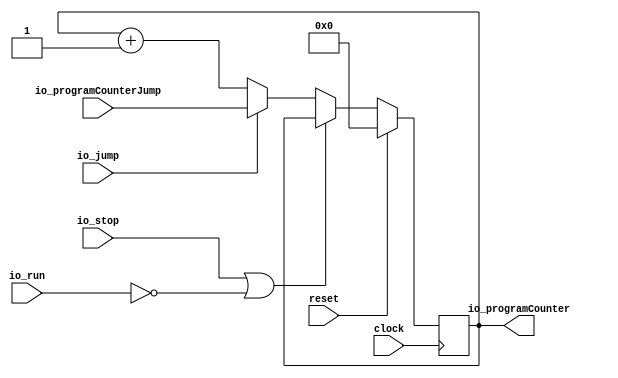
module ProgramCounter(
  input         clock,
  input         reset,
  input         io_stop,
  input         io_jump,
  input         io_run,
  input  [15:0] io_programCounterJump,
  output [15:0] io_programCounter
);
`ifdef RANDOMIZE_REG_INIT
  reg [31:0] _RAND_0;
`endif // RANDOMIZE_REG_INIT
  reg [15:0] programCounterReg; // @[ProgramCounter.scala 14:34]
  wire  _T = ~io_run; // @[ProgramCounter.scala 16:19]
  wire  _T_1 = io_stop | _T; // @[ProgramCounter.scala 16:16]
  wire [15:0] _T_3 = io_programCounter + 16'h1; // @[ProgramCounter.scala 22:46]
  assign io_programCounter = programCounterReg; // @[ProgramCounter.scala 25:21]
`ifdef RANDOMIZE_GARBAGE_ASSIGN
`define RANDOMIZE
`endif
`ifdef RANDOMIZE_INVALID_ASSIGN
`define RANDOMIZE
`endif
`ifdef RANDOMIZE_REG_INIT
`define RANDOMIZE
`endif
`ifdef RANDOMIZE_MEM_INIT
`define RANDOMIZE
`endif
`ifndef RANDOM
`define RANDOM $random
`endif
`ifdef RANDOMIZE_MEM_INIT
  integer initvar;
`endif
`ifndef SYNTHESIS
`ifdef FIRRTL_BEFORE_INITIAL
`FIRRTL_BEFORE_INITIAL
`endif
initial begin
  `ifdef RANDOMIZE
    `ifdef INIT_RANDOM
      `INIT_RANDOM
    `endif
    `ifndef VERILATOR
      `ifdef RANDOMIZE_DELAY
        #`RANDOMIZE_DELAY begin end
      `else
        #0.002 begin end
      `endif
    `endif
`ifdef RANDOMIZE_REG_INIT
  _RAND_0 = {1{`RANDOM}};
  programCounterReg = _RAND_0[15:0];
`endif // RANDOMIZE_REG_INIT
  `endif // RANDOMIZE
end // initial
`ifdef FIRRTL_AFTER_INITIAL
`FIRRTL_AFTER_INITIAL
`endif
`endif // SYNTHESIS
  always @(posedge clock) begin
    if (reset) begin
      programCounterReg <= 16'h0;
    end else if (_T_1) begin
      programCounterReg <= io_programCounter;
    end else if (io_jump) begin
      programCounterReg <= io_programCounterJump;
    end else begin
      programCounterReg <= _T_3;
    end
  end
endmodule
module DataMemory(
  input         clock,
  input  [15:0] io_address,
  input         io_writeEnable,
  input  [31:0] io_dataWrite,
  output [31:0] io_dataRead,
  input         io_testerEnable,
  input  [15:0] io_testerAddress,
  output [31:0] io_testerDataRead,
  input         io_testerWriteEnable,
  input  [31:0] io_testerDataWrite
);
`ifdef RANDOMIZE_MEM_INIT
  reg [31:0] _RAND_0;
`endif // RANDOMIZE_MEM_INIT
  reg [31:0] memory [0:65535]; // @[DataMemory.scala 18:19]
  wire [31:0] memory__T_data; // @[DataMemory.scala 18:19]
  wire [15:0] memory__T_addr; // @[DataMemory.scala 18:19]
  wire [31:0] memory__T_2_data; // @[DataMemory.scala 18:19]
  wire [15:0] memory__T_2_addr; // @[DataMemory.scala 18:19]
  wire [31:0] memory__T_1_data; // @[DataMemory.scala 18:19]
  wire [15:0] memory__T_1_addr; // @[DataMemory.scala 18:19]
  wire  memory__T_1_mask; // @[DataMemory.scala 18:19]
  wire  memory__T_1_en; // @[DataMemory.scala 18:19]
  wire [31:0] memory__T_3_data; // @[DataMemory.scala 18:19]
  wire [15:0] memory__T_3_addr; // @[DataMemory.scala 18:19]
  wire  memory__T_3_mask; // @[DataMemory.scala 18:19]
  wire  memory__T_3_en; // @[DataMemory.scala 18:19]
  wire [31:0] _GEN_5 = io_testerWriteEnable ? io_testerDataWrite : memory__T_data; // @[DataMemory.scala 24:32]
  wire [31:0] _GEN_11 = io_writeEnable ? io_dataWrite : memory__T_2_data; // @[DataMemory.scala 32:26]
  assign memory__T_addr = io_testerAddress;
  assign memory__T_data = memory[memory__T_addr]; // @[DataMemory.scala 18:19]
  assign memory__T_2_addr = io_address;
  assign memory__T_2_data = memory[memory__T_2_addr]; // @[DataMemory.scala 18:19]
  assign memory__T_1_data = io_testerDataWrite;
  assign memory__T_1_addr = io_testerAddress;
  assign memory__T_1_mask = 1'h1;
  assign memory__T_1_en = io_testerEnable & io_testerWriteEnable;
  assign memory__T_3_data = io_dataWrite;
  assign memory__T_3_addr = io_address;
  assign memory__T_3_mask = 1'h1;
  assign memory__T_3_en = io_testerEnable ? 1'h0 : io_writeEnable;
  assign io_dataRead = io_testerEnable ? 32'h0 : _GEN_11; // @[DataMemory.scala 23:17 DataMemory.scala 30:17 DataMemory.scala 34:19]
  assign io_testerDataRead = io_testerEnable ? _GEN_5 : 32'h0; // @[DataMemory.scala 22:23 DataMemory.scala 26:25 DataMemory.scala 31:23]
`ifdef RANDOMIZE_GARBAGE_ASSIGN
`define RANDOMIZE
`endif
`ifdef RANDOMIZE_INVALID_ASSIGN
`define RANDOMIZE
`endif
`ifdef RANDOMIZE_REG_INIT
`define RANDOMIZE
`endif
`ifdef RANDOMIZE_MEM_INIT
`define RANDOMIZE
`endif
`ifndef RANDOM
`define RANDOM $random
`endif
`ifdef RANDOMIZE_MEM_INIT
  integer initvar;
`endif
`ifndef SYNTHESIS
`ifdef FIRRTL_BEFORE_INITIAL
`FIRRTL_BEFORE_INITIAL
`endif
initial begin
  `ifdef RANDOMIZE
    `ifdef INIT_RANDOM
      `INIT_RANDOM
    `endif
    `ifndef VERILATOR
      `ifdef RANDOMIZE_DELAY
        #`RANDOMIZE_DELAY begin end
      `else
        #0.002 begin end
      `endif
    `endif
`ifdef RANDOMIZE_MEM_INIT
  _RAND_0 = {1{`RANDOM}};
  for (initvar = 0; initvar < 65536; initvar = initvar+1)
    memory[initvar] = _RAND_0[31:0];
`endif // RANDOMIZE_MEM_INIT
  `endif // RANDOMIZE
end // initial
`ifdef FIRRTL_AFTER_INITIAL
`FIRRTL_AFTER_INITIAL
`endif
`endif // SYNTHESIS
  always @(posedge clock) begin
    if(memory__T_1_en & memory__T_1_mask) begin
      memory[memory__T_1_addr] <= memory__T_1_data; // @[DataMemory.scala 18:19]
    end
    if(memory__T_3_en & memory__T_3_mask) begin
      memory[memory__T_3_addr] <= memory__T_3_data; // @[DataMemory.scala 18:19]
    end
  end
endmodule
module ProgramMemory(
  input         clock,
  input  [15:0] io_address,
  output [31:0] io_instructionRead,
  input         io_testerEnable,
  input  [15:0] io_testerAddress,
  output [31:0] io_testerDataRead,
  input         io_testerWriteEnable,
  input  [31:0] io_testerDataWrite
);
`ifdef RANDOMIZE_MEM_INIT
  reg [31:0] _RAND_0;
`endif // RANDOMIZE_MEM_INIT
  reg [31:0] memory [0:65535]; // @[ProgramMemory.scala 16:20]
  wire [31:0] memory__T_data; // @[ProgramMemory.scala 16:20]
  wire [15:0] memory__T_addr; // @[ProgramMemory.scala 16:20]
  wire [31:0] memory__T_2_data; // @[ProgramMemory.scala 16:20]
  wire [15:0] memory__T_2_addr; // @[ProgramMemory.scala 16:20]
  wire [31:0] memory__T_1_data; // @[ProgramMemory.scala 16:20]
  wire [15:0] memory__T_1_addr; // @[ProgramMemory.scala 16:20]
  wire  memory__T_1_mask; // @[ProgramMemory.scala 16:20]
  wire  memory__T_1_en; // @[ProgramMemory.scala 16:20]
  wire [31:0] _GEN_5 = io_testerWriteEnable ? io_testerDataWrite : memory__T_data; // @[ProgramMemory.scala 22:32]
  assign memory__T_addr = io_testerAddress;
  assign memory__T_data = memory[memory__T_addr]; // @[ProgramMemory.scala 16:20]
  assign memory__T_2_addr = io_address;
  assign memory__T_2_data = memory[memory__T_2_addr]; // @[ProgramMemory.scala 16:20]
  assign memory__T_1_data = io_testerDataWrite;
  assign memory__T_1_addr = io_testerAddress;
  assign memory__T_1_mask = 1'h1;
  assign memory__T_1_en = io_testerEnable & io_testerWriteEnable;
  assign io_instructionRead = io_testerEnable ? 32'h0 : memory__T_2_data; // @[ProgramMemory.scala 21:24 ProgramMemory.scala 28:24]
  assign io_testerDataRead = io_testerEnable ? _GEN_5 : 32'h0; // @[ProgramMemory.scala 20:23 ProgramMemory.scala 24:25 ProgramMemory.scala 29:23]
`ifdef RANDOMIZE_GARBAGE_ASSIGN
`define RANDOMIZE
`endif
`ifdef RANDOMIZE_INVALID_ASSIGN
`define RANDOMIZE
`endif
`ifdef RANDOMIZE_REG_INIT
`define RANDOMIZE
`endif
`ifdef RANDOMIZE_MEM_INIT
`define RANDOMIZE
`endif
`ifndef RANDOM
`define RANDOM $random
`endif
`ifdef RANDOMIZE_MEM_INIT
  integer initvar;
`endif
`ifndef SYNTHESIS
`ifdef FIRRTL_BEFORE_INITIAL
`FIRRTL_BEFORE_INITIAL
`endif
initial begin
  `ifdef RANDOMIZE
    `ifdef INIT_RANDOM
      `INIT_RANDOM
    `endif
    `ifndef VERILATOR
      `ifdef RANDOMIZE_DELAY
        #`RANDOMIZE_DELAY begin end
      `else
        #0.002 begin end
      `endif
    `endif
`ifdef RANDOMIZE_MEM_INIT
  _RAND_0 = {1{`RANDOM}};
  for (initvar = 0; initvar < 65536; initvar = initvar+1)
    memory[initvar] = _RAND_0[31:0];
`endif // RANDOMIZE_MEM_INIT
  `endif // RANDOMIZE
end // initial
`ifdef FIRRTL_AFTER_INITIAL
`FIRRTL_AFTER_INITIAL
`endif
`endif // SYNTHESIS
  always @(posedge clock) begin
    if(memory__T_1_en & memory__T_1_mask) begin
      memory[memory__T_1_addr] <= memory__T_1_data; // @[ProgramMemory.scala 16:20]
    end
  end
endmodule
module RegisterFile(
  input         clock,
  input         reset,
  input  [2:0]  io_aSel,
  input  [2:0]  io_bSel,
  input  [31:0] io_writeData,
  input         io_writeEnable,
  output [31:0] io_a,
  output [31:0] io_b
);
`ifdef RANDOMIZE_REG_INIT
  reg [31:0] _RAND_0;
  reg [31:0] _RAND_1;
  reg [31:0] _RAND_2;
  reg [31:0] _RAND_3;
  reg [31:0] _RAND_4;
  reg [31:0] _RAND_5;
  reg [31:0] _RAND_6;
  reg [31:0] _RAND_7;
`endif // RANDOMIZE_REG_INIT
  reg [31:0] R0Reg; // @[RegisterFile.scala 17:22]
  reg [31:0] R1Reg; // @[RegisterFile.scala 18:22]
  reg [31:0] R2Reg; // @[RegisterFile.scala 19:22]
  reg [31:0] R3Reg; // @[RegisterFile.scala 20:22]
  reg [31:0] R4Reg; // @[RegisterFile.scala 21:22]
  reg [31:0] R5Reg; // @[RegisterFile.scala 22:22]
  reg [31:0] R6Reg; // @[RegisterFile.scala 23:22]
  reg [31:0] R7Reg; // @[RegisterFile.scala 24:22]
  wire  _T = 3'h0 == io_aSel; // @[Conditional.scala 37:30]
  wire  _T_1 = 3'h1 == io_aSel; // @[Conditional.scala 37:30]
  wire  _T_2 = 3'h2 == io_aSel; // @[Conditional.scala 37:30]
  wire  _T_3 = 3'h3 == io_aSel; // @[Conditional.scala 37:30]
  wire  _T_4 = 3'h4 == io_aSel; // @[Conditional.scala 37:30]
  wire  _T_5 = 3'h5 == io_aSel; // @[Conditional.scala 37:30]
  wire  _T_6 = 3'h6 == io_aSel; // @[Conditional.scala 37:30]
  wire  _T_7 = 3'h7 == io_aSel; // @[Conditional.scala 37:30]
  wire [31:0] _GEN_8 = _T_7 ? R7Reg : 32'h0; // @[Conditional.scala 39:67]
  wire [31:0] _GEN_10 = _T_6 ? R6Reg : _GEN_8; // @[Conditional.scala 39:67]
  wire [31:0] _GEN_13 = _T_5 ? R5Reg : _GEN_10; // @[Conditional.scala 39:67]
  wire [31:0] _GEN_17 = _T_4 ? R4Reg : _GEN_13; // @[Conditional.scala 39:67]
  wire [31:0] _GEN_22 = _T_3 ? R3Reg : _GEN_17; // @[Conditional.scala 39:67]
  wire [31:0] _GEN_28 = _T_2 ? R2Reg : _GEN_22; // @[Conditional.scala 39:67]
  wire [31:0] _GEN_35 = _T_1 ? R1Reg : _GEN_28; // @[Conditional.scala 39:67]
  wire  _T_8 = 3'h0 == io_bSel; // @[Conditional.scala 37:30]
  wire  _T_9 = 3'h1 == io_bSel; // @[Conditional.scala 37:30]
  wire  _T_10 = 3'h2 == io_bSel; // @[Conditional.scala 37:30]
  wire  _T_11 = 3'h3 == io_bSel; // @[Conditional.scala 37:30]
  wire  _T_12 = 3'h4 == io_bSel; // @[Conditional.scala 37:30]
  wire  _T_13 = 3'h5 == io_bSel; // @[Conditional.scala 37:30]
  wire  _T_14 = 3'h6 == io_bSel; // @[Conditional.scala 37:30]
  wire  _T_15 = 3'h7 == io_bSel; // @[Conditional.scala 37:30]
  wire [31:0] _GEN_52 = _T_15 ? R7Reg : 32'h0; // @[Conditional.scala 39:67]
  wire [31:0] _GEN_53 = _T_14 ? R6Reg : _GEN_52; // @[Conditional.scala 39:67]
  wire [31:0] _GEN_54 = _T_13 ? R5Reg : _GEN_53; // @[Conditional.scala 39:67]
  wire [31:0] _GEN_55 = _T_12 ? R4Reg : _GEN_54; // @[Conditional.scala 39:67]
  wire [31:0] _GEN_56 = _T_11 ? R3Reg : _GEN_55; // @[Conditional.scala 39:67]
  wire [31:0] _GEN_57 = _T_10 ? R2Reg : _GEN_56; // @[Conditional.scala 39:67]
  wire [31:0] _GEN_58 = _T_9 ? R1Reg : _GEN_57; // @[Conditional.scala 39:67]
  assign io_a = _T ? R0Reg : _GEN_35; // @[RegisterFile.scala 26:8 RegisterFile.scala 34:12 RegisterFile.scala 37:12 RegisterFile.scala 43:12 RegisterFile.scala 49:12 RegisterFile.scala 55:12 RegisterFile.scala 61:12 RegisterFile.scala 67:12 RegisterFile.scala 73:12]
  assign io_b = _T_8 ? R0Reg : _GEN_58; // @[RegisterFile.scala 27:8 RegisterFile.scala 82:12 RegisterFile.scala 85:12 RegisterFile.scala 88:12 RegisterFile.scala 91:12 RegisterFile.scala 94:12 RegisterFile.scala 97:12 RegisterFile.scala 100:12 RegisterFile.scala 103:12]
`ifdef RANDOMIZE_GARBAGE_ASSIGN
`define RANDOMIZE
`endif
`ifdef RANDOMIZE_INVALID_ASSIGN
`define RANDOMIZE
`endif
`ifdef RANDOMIZE_REG_INIT
`define RANDOMIZE
`endif
`ifdef RANDOMIZE_MEM_INIT
`define RANDOMIZE
`endif
`ifndef RANDOM
`define RANDOM $random
`endif
`ifdef RANDOMIZE_MEM_INIT
  integer initvar;
`endif
`ifndef SYNTHESIS
`ifdef FIRRTL_BEFORE_INITIAL
`FIRRTL_BEFORE_INITIAL
`endif
initial begin
  `ifdef RANDOMIZE
    `ifdef INIT_RANDOM
      `INIT_RANDOM
    `endif
    `ifndef VERILATOR
      `ifdef RANDOMIZE_DELAY
        #`RANDOMIZE_DELAY begin end
      `else
        #0.002 begin end
      `endif
    `endif
`ifdef RANDOMIZE_REG_INIT
  _RAND_0 = {1{`RANDOM}};
  R0Reg = _RAND_0[31:0];
  _RAND_1 = {1{`RANDOM}};
  R1Reg = _RAND_1[31:0];
  _RAND_2 = {1{`RANDOM}};
  R2Reg = _RAND_2[31:0];
  _RAND_3 = {1{`RANDOM}};
  R3Reg = _RAND_3[31:0];
  _RAND_4 = {1{`RANDOM}};
  R4Reg = _RAND_4[31:0];
  _RAND_5 = {1{`RANDOM}};
  R5Reg = _RAND_5[31:0];
  _RAND_6 = {1{`RANDOM}};
  R6Reg = _RAND_6[31:0];
  _RAND_7 = {1{`RANDOM}};
  R7Reg = _RAND_7[31:0];
`endif // RANDOMIZE_REG_INIT
  `endif // RANDOMIZE
end // initial
`ifdef FIRRTL_AFTER_INITIAL
`FIRRTL_AFTER_INITIAL
`endif
`endif // SYNTHESIS
  always @(posedge clock) begin
    if (reset) begin
      R0Reg <= 32'h0;
    end else if (_T) begin
      if (io_writeEnable) begin
        R0Reg <= io_writeData;
      end
    end
    if (reset) begin
      R1Reg <= 32'h0;
    end else if (!(_T)) begin
      if (_T_1) begin
        if (io_writeEnable) begin
          R1Reg <= io_writeData;
        end
      end
    end
    if (reset) begin
      R2Reg <= 32'h0;
    end else if (!(_T)) begin
      if (!(_T_1)) begin
        if (_T_2) begin
          if (io_writeEnable) begin
            R2Reg <= io_writeData;
          end
        end
      end
    end
    if (reset) begin
      R3Reg <= 32'h0;
    end else if (!(_T)) begin
      if (!(_T_1)) begin
        if (!(_T_2)) begin
          if (_T_3) begin
            if (io_writeEnable) begin
              R3Reg <= io_writeData;
            end
          end
        end
      end
    end
    if (reset) begin
      R4Reg <= 32'h0;
    end else if (!(_T)) begin
      if (!(_T_1)) begin
        if (!(_T_2)) begin
          if (!(_T_3)) begin
            if (_T_4) begin
              if (io_writeEnable) begin
                R4Reg <= io_writeData;
              end
            end
          end
        end
      end
    end
    if (reset) begin
      R5Reg <= 32'h0;
    end else if (!(_T)) begin
      if (!(_T_1)) begin
        if (!(_T_2)) begin
          if (!(_T_3)) begin
            if (!(_T_4)) begin
              if (_T_5) begin
                if (io_writeEnable) begin
                  R5Reg <= io_writeData;
                end
              end
            end
          end
        end
      end
    end
    if (reset) begin
      R6Reg <= 32'h0;
    end else if (!(_T)) begin
      if (!(_T_1)) begin
        if (!(_T_2)) begin
          if (!(_T_3)) begin
            if (!(_T_4)) begin
              if (!(_T_5)) begin
                if (_T_6) begin
                  if (io_writeEnable) begin
                    R6Reg <= io_writeData;
                  end
                end
              end
            end
          end
        end
      end
    end
    if (reset) begin
      R7Reg <= 32'h0;
    end else if (!(_T)) begin
      if (!(_T_1)) begin
        if (!(_T_2)) begin
          if (!(_T_3)) begin
            if (!(_T_4)) begin
              if (!(_T_5)) begin
                if (!(_T_6)) begin
                  if (_T_7) begin
                    if (io_writeEnable) begin
                      R7Reg <= io_writeData;
                    end
                  end
                end
              end
            end
          end
        end
      end
    end
  end
endmodule
module ControlUnit(
  input  [3:0] io_opcode,
  output [2:0] io_aluOp,
  output       io_memWrite,
  output       io_writeEnable,
  output       io_loadMemory,
  output       io_jumpConditional,
  output       io_jump,
  output       io_loadImmediate,
  output       io_done
);
  wire  _T = 4'h0 == io_opcode; // @[Conditional.scala 37:30]
  wire  _T_1 = 4'h1 == io_opcode; // @[Conditional.scala 37:30]
  wire  _T_2 = 4'h2 == io_opcode; // @[Conditional.scala 37:30]
  wire  _T_3 = 4'h3 == io_opcode; // @[Conditional.scala 37:30]
  wire  _T_4 = 4'h4 == io_opcode; // @[Conditional.scala 37:30]
  wire  _T_5 = 4'h5 == io_opcode; // @[Conditional.scala 37:30]
  wire  _T_6 = 4'h6 == io_opcode; // @[Conditional.scala 37:30]
  wire  _T_7 = 4'h7 == io_opcode; // @[Conditional.scala 37:30]
  wire  _T_8 = 4'h8 == io_opcode; // @[Conditional.scala 37:30]
  wire  _T_9 = 4'h9 == io_opcode; // @[Conditional.scala 37:30]
  wire [2:0] _GEN_0 = _T_9 ? 3'h4 : 3'h0; // @[Conditional.scala 39:67]
  wire [2:0] _GEN_2 = _T_8 ? 3'h5 : _GEN_0; // @[Conditional.scala 39:67]
  wire  _GEN_3 = _T_8 | _T_9; // @[Conditional.scala 39:67]
  wire [2:0] _GEN_5 = _T_7 ? 3'h0 : _GEN_2; // @[Conditional.scala 39:67]
  wire  _GEN_6 = _T_7 ? 1'h0 : _GEN_3; // @[Conditional.scala 39:67]
  wire  _GEN_8 = _T_6 ? 1'h0 : _T_7; // @[Conditional.scala 39:67]
  wire [2:0] _GEN_9 = _T_6 ? 3'h0 : _GEN_5; // @[Conditional.scala 39:67]
  wire  _GEN_10 = _T_6 ? 1'h0 : _GEN_6; // @[Conditional.scala 39:67]
  wire  _GEN_12 = _T_5 ? 1'h0 : _T_6; // @[Conditional.scala 39:67]
  wire  _GEN_13 = _T_5 ? 1'h0 : _GEN_8; // @[Conditional.scala 39:67]
  wire [2:0] _GEN_14 = _T_5 ? 3'h0 : _GEN_9; // @[Conditional.scala 39:67]
  wire  _GEN_15 = _T_5 ? 1'h0 : _GEN_10; // @[Conditional.scala 39:67]
  wire  _GEN_17 = _T_4 | _T_5; // @[Conditional.scala 39:67]
  wire  _GEN_18 = _T_4 ? 1'h0 : _T_5; // @[Conditional.scala 39:67]
  wire  _GEN_19 = _T_4 ? 1'h0 : _GEN_12; // @[Conditional.scala 39:67]
  wire  _GEN_20 = _T_4 ? 1'h0 : _GEN_13; // @[Conditional.scala 39:67]
  wire [2:0] _GEN_21 = _T_4 ? 3'h0 : _GEN_14; // @[Conditional.scala 39:67]
  wire  _GEN_22 = _T_4 ? 1'h0 : _GEN_15; // @[Conditional.scala 39:67]
  wire [2:0] _GEN_23 = _T_3 ? 3'h3 : _GEN_21; // @[Conditional.scala 39:67]
  wire  _GEN_24 = _T_3 | _GEN_17; // @[Conditional.scala 39:67]
  wire  _GEN_25 = _T_3 ? 1'h0 : _T_4; // @[Conditional.scala 39:67]
  wire  _GEN_26 = _T_3 ? 1'h0 : _GEN_18; // @[Conditional.scala 39:67]
  wire  _GEN_27 = _T_3 ? 1'h0 : _GEN_19; // @[Conditional.scala 39:67]
  wire  _GEN_28 = _T_3 ? 1'h0 : _GEN_20; // @[Conditional.scala 39:67]
  wire  _GEN_29 = _T_3 ? 1'h0 : _GEN_22; // @[Conditional.scala 39:67]
  wire [2:0] _GEN_30 = _T_2 ? 3'h2 : _GEN_23; // @[Conditional.scala 39:67]
  wire  _GEN_31 = _T_2 | _GEN_24; // @[Conditional.scala 39:67]
  wire  _GEN_32 = _T_2 ? 1'h0 : _GEN_25; // @[Conditional.scala 39:67]
  wire  _GEN_33 = _T_2 ? 1'h0 : _GEN_26; // @[Conditional.scala 39:67]
  wire  _GEN_34 = _T_2 ? 1'h0 : _GEN_27; // @[Conditional.scala 39:67]
  wire  _GEN_35 = _T_2 ? 1'h0 : _GEN_28; // @[Conditional.scala 39:67]
  wire  _GEN_36 = _T_2 ? 1'h0 : _GEN_29; // @[Conditional.scala 39:67]
  wire [2:0] _GEN_37 = _T_1 ? 3'h1 : _GEN_30; // @[Conditional.scala 39:67]
  wire  _GEN_38 = _T_1 | _GEN_31; // @[Conditional.scala 39:67]
  wire  _GEN_39 = _T_1 ? 1'h0 : _GEN_32; // @[Conditional.scala 39:67]
  wire  _GEN_40 = _T_1 ? 1'h0 : _GEN_33; // @[Conditional.scala 39:67]
  wire  _GEN_41 = _T_1 ? 1'h0 : _GEN_34; // @[Conditional.scala 39:67]
  wire  _GEN_42 = _T_1 ? 1'h0 : _GEN_35; // @[Conditional.scala 39:67]
  wire  _GEN_43 = _T_1 ? 1'h0 : _GEN_36; // @[Conditional.scala 39:67]
  assign io_aluOp = _T ? 3'h0 : _GEN_37; // @[ControlUnit.scala 18:12 ControlUnit.scala 33:16 ControlUnit.scala 37:16 ControlUnit.scala 41:16 ControlUnit.scala 59:16 ControlUnit.scala 63:16]
  assign io_memWrite = _T ? 1'h0 : _GEN_41; // @[ControlUnit.scala 19:15 ControlUnit.scala 53:19]
  assign io_writeEnable = _T ? 1'h0 : _GEN_38; // @[ControlUnit.scala 20:18 ControlUnit.scala 34:22 ControlUnit.scala 38:22 ControlUnit.scala 42:22 ControlUnit.scala 46:22 ControlUnit.scala 50:22]
  assign io_loadMemory = _T ? 1'h0 : _GEN_40; // @[ControlUnit.scala 21:17 ControlUnit.scala 49:21]
  assign io_jumpConditional = _T ? 1'h0 : _GEN_43; // @[ControlUnit.scala 23:22 ControlUnit.scala 60:26 ControlUnit.scala 64:26]
  assign io_jump = _T ? 1'h0 : _GEN_42; // @[ControlUnit.scala 22:11 ControlUnit.scala 56:15]
  assign io_loadImmediate = _T ? 1'h0 : _GEN_39; // @[ControlUnit.scala 24:20 ControlUnit.scala 45:24]
  assign io_done = 4'h0 == io_opcode; // @[ControlUnit.scala 25:11 ControlUnit.scala 30:15]
endmodule
module ALU(
  input  [31:0] io_operand1,
  input  [31:0] io_operand2,
  input  [2:0]  io_sel,
  output [31:0] io_result,
  output        io_compResult
);
  wire  _T = io_sel == 3'h1; // @[ALU.scala 17:16]
  wire [31:0] _T_2 = io_operand1 + io_operand2; // @[ALU.scala 18:30]
  wire  _T_3 = io_sel == 3'h2; // @[ALU.scala 19:23]
  wire [31:0] _T_5 = io_operand1 - io_operand2; // @[ALU.scala 20:30]
  wire  _T_6 = io_sel == 3'h3; // @[ALU.scala 21:23]
  wire [63:0] _T_7 = io_operand1 * io_operand2; // @[ALU.scala 22:30]
  wire  _T_8 = io_sel == 3'h4; // @[ALU.scala 23:22]
  wire  _T_11 = _T_5 == 32'h0; // @[ALU.scala 24:48]
  wire  _T_12 = io_sel == 3'h5; // @[ALU.scala 25:22]
  wire  _T_13 = io_operand1 > io_operand2; // @[ALU.scala 26:35]
  wire  _GEN_0 = _T_12 & _T_13; // @[ALU.scala 25:30]
  wire  _GEN_1 = _T_8 ? _T_11 : _GEN_0; // @[ALU.scala 23:31]
  wire [63:0] _GEN_2 = _T_6 ? _T_7 : {{32'd0}, io_operand2}; // @[ALU.scala 21:32]
  wire  _GEN_3 = _T_6 ? 1'h0 : _GEN_1; // @[ALU.scala 21:32]
  wire [63:0] _GEN_4 = _T_3 ? {{32'd0}, _T_5} : _GEN_2; // @[ALU.scala 19:32]
  wire  _GEN_5 = _T_3 ? 1'h0 : _GEN_3; // @[ALU.scala 19:32]
  wire [63:0] _GEN_6 = _T ? {{32'd0}, _T_2} : _GEN_4; // @[ALU.scala 17:25]
  assign io_result = _GEN_6[31:0]; // @[ALU.scala 14:13 ALU.scala 18:15 ALU.scala 20:15 ALU.scala 22:15]
  assign io_compResult = _T ? 1'h0 : _GEN_5; // @[ALU.scala 13:17 ALU.scala 24:19 ALU.scala 26:19]
endmodule
module CPUTop(
  input         clock,
  input         reset,
  output        io_done,
  input         io_run,
  input         io_testerDataMemEnable,
  input  [15:0] io_testerDataMemAddress,
  output [31:0] io_testerDataMemDataRead,
  input         io_testerDataMemWriteEnable,
  input  [31:0] io_testerDataMemDataWrite,
  input         io_testerProgMemEnable,
  input  [15:0] io_testerProgMemAddress,
  output [31:0] io_testerProgMemDataRead,
  input         io_testerProgMemWriteEnable,
  input  [31:0] io_testerProgMemDataWrite
);
  wire  programCounter_clock; // @[CPUTop.scala 23:30]
  wire  programCounter_reset; // @[CPUTop.scala 23:30]
  wire  programCounter_io_stop; // @[CPUTop.scala 23:30]
  wire  programCounter_io_jump; // @[CPUTop.scala 23:30]
  wire  programCounter_io_run; // @[CPUTop.scala 23:30]
  wire [15:0] programCounter_io_programCounterJump; // @[CPUTop.scala 23:30]
  wire [15:0] programCounter_io_programCounter; // @[CPUTop.scala 23:30]
  wire  dataMemory_clock; // @[CPUTop.scala 24:26]
  wire [15:0] dataMemory_io_address; // @[CPUTop.scala 24:26]
  wire  dataMemory_io_writeEnable; // @[CPUTop.scala 24:26]
  wire [31:0] dataMemory_io_dataWrite; // @[CPUTop.scala 24:26]
  wire [31:0] dataMemory_io_dataRead; // @[CPUTop.scala 24:26]
  wire  dataMemory_io_testerEnable; // @[CPUTop.scala 24:26]
  wire [15:0] dataMemory_io_testerAddress; // @[CPUTop.scala 24:26]
  wire [31:0] dataMemory_io_testerDataRead; // @[CPUTop.scala 24:26]
  wire  dataMemory_io_testerWriteEnable; // @[CPUTop.scala 24:26]
  wire [31:0] dataMemory_io_testerDataWrite; // @[CPUTop.scala 24:26]
  wire  programMemory_clock; // @[CPUTop.scala 25:29]
  wire [15:0] programMemory_io_address; // @[CPUTop.scala 25:29]
  wire [31:0] programMemory_io_instructionRead; // @[CPUTop.scala 25:29]
  wire  programMemory_io_testerEnable; // @[CPUTop.scala 25:29]
  wire [15:0] programMemory_io_testerAddress; // @[CPUTop.scala 25:29]
  wire [31:0] programMemory_io_testerDataRead; // @[CPUTop.scala 25:29]
  wire  programMemory_io_testerWriteEnable; // @[CPUTop.scala 25:29]
  wire [31:0] programMemory_io_testerDataWrite; // @[CPUTop.scala 25:29]
  wire  registerFile_clock; // @[CPUTop.scala 26:28]
  wire  registerFile_reset; // @[CPUTop.scala 26:28]
  wire [2:0] registerFile_io_aSel; // @[CPUTop.scala 26:28]
  wire [2:0] registerFile_io_bSel; // @[CPUTop.scala 26:28]
  wire [31:0] registerFile_io_writeData; // @[CPUTop.scala 26:28]
  wire  registerFile_io_writeEnable; // @[CPUTop.scala 26:28]
  wire [31:0] registerFile_io_a; // @[CPUTop.scala 26:28]
  wire [31:0] registerFile_io_b; // @[CPUTop.scala 26:28]
  wire [3:0] controlUnit_io_opcode; // @[CPUTop.scala 27:27]
  wire [2:0] controlUnit_io_aluOp; // @[CPUTop.scala 27:27]
  wire  controlUnit_io_memWrite; // @[CPUTop.scala 27:27]
  wire  controlUnit_io_writeEnable; // @[CPUTop.scala 27:27]
  wire  controlUnit_io_loadMemory; // @[CPUTop.scala 27:27]
  wire  controlUnit_io_jumpConditional; // @[CPUTop.scala 27:27]
  wire  controlUnit_io_jump; // @[CPUTop.scala 27:27]
  wire  controlUnit_io_loadImmediate; // @[CPUTop.scala 27:27]
  wire  controlUnit_io_done; // @[CPUTop.scala 27:27]
  wire [31:0] alu_io_operand1; // @[CPUTop.scala 28:19]
  wire [31:0] alu_io_operand2; // @[CPUTop.scala 28:19]
  wire [2:0] alu_io_sel; // @[CPUTop.scala 28:19]
  wire [31:0] alu_io_result; // @[CPUTop.scala 28:19]
  wire  alu_io_compResult; // @[CPUTop.scala 28:19]
  wire [31:0] immediateValue = {7'h0,programMemory_io_instructionRead[24:0]}; // @[Cat.scala 29:58]
  wire  conditionalJumping = controlUnit_io_jumpConditional & alu_io_compResult; // @[CPUTop.scala 63:59]
  ProgramCounter programCounter ( // @[CPUTop.scala 23:30]
    .clock(programCounter_clock),
    .reset(programCounter_reset),
    .io_stop(programCounter_io_stop),
    .io_jump(programCounter_io_jump),
    .io_run(programCounter_io_run),
    .io_programCounterJump(programCounter_io_programCounterJump),
    .io_programCounter(programCounter_io_programCounter)
  );
  DataMemory dataMemory ( // @[CPUTop.scala 24:26]
    .clock(dataMemory_clock),
    .io_address(dataMemory_io_address),
    .io_writeEnable(dataMemory_io_writeEnable),
    .io_dataWrite(dataMemory_io_dataWrite),
    .io_dataRead(dataMemory_io_dataRead),
    .io_testerEnable(dataMemory_io_testerEnable),
    .io_testerAddress(dataMemory_io_testerAddress),
    .io_testerDataRead(dataMemory_io_testerDataRead),
    .io_testerWriteEnable(dataMemory_io_testerWriteEnable),
    .io_testerDataWrite(dataMemory_io_testerDataWrite)
  );
  ProgramMemory programMemory ( // @[CPUTop.scala 25:29]
    .clock(programMemory_clock),
    .io_address(programMemory_io_address),
    .io_instructionRead(programMemory_io_instructionRead),
    .io_testerEnable(programMemory_io_testerEnable),
    .io_testerAddress(programMemory_io_testerAddress),
    .io_testerDataRead(programMemory_io_testerDataRead),
    .io_testerWriteEnable(programMemory_io_testerWriteEnable),
    .io_testerDataWrite(programMemory_io_testerDataWrite)
  );
  RegisterFile registerFile ( // @[CPUTop.scala 26:28]
    .clock(registerFile_clock),
    .reset(registerFile_reset),
    .io_aSel(registerFile_io_aSel),
    .io_bSel(registerFile_io_bSel),
    .io_writeData(registerFile_io_writeData),
    .io_writeEnable(registerFile_io_writeEnable),
    .io_a(registerFile_io_a),
    .io_b(registerFile_io_b)
  );
  ControlUnit controlUnit ( // @[CPUTop.scala 27:27]
    .io_opcode(controlUnit_io_opcode),
    .io_aluOp(controlUnit_io_aluOp),
    .io_memWrite(controlUnit_io_memWrite),
    .io_writeEnable(controlUnit_io_writeEnable),
    .io_loadMemory(controlUnit_io_loadMemory),
    .io_jumpConditional(controlUnit_io_jumpConditional),
    .io_jump(controlUnit_io_jump),
    .io_loadImmediate(controlUnit_io_loadImmediate),
    .io_done(controlUnit_io_done)
  );
  ALU alu ( // @[CPUTop.scala 28:19]
    .io_operand1(alu_io_operand1),
    .io_operand2(alu_io_operand2),
    .io_sel(alu_io_sel),
    .io_result(alu_io_result),
    .io_compResult(alu_io_compResult)
  );
  assign io_done = controlUnit_io_done; // @[CPUTop.scala 34:11 CPUTop.scala 67:11]
  assign io_testerDataMemDataRead = dataMemory_io_testerDataRead; // @[CPUTop.scala 81:28]
  assign io_testerProgMemDataRead = programMemory_io_testerDataRead; // @[CPUTop.scala 75:28]
  assign programCounter_clock = clock;
  assign programCounter_reset = reset;
  assign programCounter_io_stop = io_done; // @[CPUTop.scala 33:26 CPUTop.scala 68:26]
  assign programCounter_io_jump = controlUnit_io_jump | conditionalJumping; // @[CPUTop.scala 64:26]
  assign programCounter_io_run = io_run; // @[CPUTop.scala 31:25]
  assign programCounter_io_programCounterJump = programMemory_io_instructionRead[15:0]; // @[CPUTop.scala 65:40]
  assign dataMemory_clock = clock;
  assign dataMemory_io_address = registerFile_io_b[15:0]; // @[CPUTop.scala 53:25]
  assign dataMemory_io_writeEnable = controlUnit_io_memWrite; // @[CPUTop.scala 55:29]
  assign dataMemory_io_dataWrite = registerFile_io_a; // @[CPUTop.scala 54:27]
  assign dataMemory_io_testerEnable = io_testerDataMemEnable; // @[CPUTop.scala 83:30]
  assign dataMemory_io_testerAddress = io_testerDataMemAddress; // @[CPUTop.scala 80:31]
  assign dataMemory_io_testerWriteEnable = io_testerDataMemWriteEnable; // @[CPUTop.scala 84:35]
  assign dataMemory_io_testerDataWrite = io_testerDataMemDataWrite; // @[CPUTop.scala 82:33]
  assign programMemory_clock = clock;
  assign programMemory_io_address = programCounter_io_programCounter; // @[CPUTop.scala 32:28 CPUTop.scala 40:28]
  assign programMemory_io_testerEnable = io_testerProgMemEnable; // @[CPUTop.scala 77:33]
  assign programMemory_io_testerAddress = io_testerProgMemAddress; // @[CPUTop.scala 74:34]
  assign programMemory_io_testerWriteEnable = io_testerProgMemWriteEnable; // @[CPUTop.scala 78:38]
  assign programMemory_io_testerDataWrite = io_testerProgMemDataWrite; // @[CPUTop.scala 76:36]
  assign registerFile_clock = clock;
  assign registerFile_reset = reset;
  assign registerFile_io_aSel = programMemory_io_instructionRead[27:25]; // @[CPUTop.scala 42:24]
  assign registerFile_io_bSel = programMemory_io_instructionRead[24:22]; // @[CPUTop.scala 43:24]
  assign registerFile_io_writeData = controlUnit_io_loadMemory ? dataMemory_io_dataRead : alu_io_result; // @[CPUTop.scala 59:29]
  assign registerFile_io_writeEnable = controlUnit_io_writeEnable; // @[CPUTop.scala 60:31]
  assign controlUnit_io_opcode = programMemory_io_instructionRead[31:28]; // @[CPUTop.scala 41:25]
  assign alu_io_operand1 = registerFile_io_a; // @[CPUTop.scala 48:19]
  assign alu_io_operand2 = controlUnit_io_loadImmediate ? immediateValue : registerFile_io_b; // @[CPUTop.scala 49:19]
  assign alu_io_sel = controlUnit_io_aluOp; // @[CPUTop.scala 50:14]
endmodule